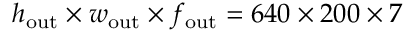
h _ { \mathrm { o u t } } \times w _ { \mathrm { o u t } } \times f _ { \mathrm { o u t } } = 6 4 0 \times 2 0 0 \times 7